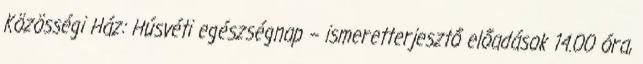
Közösségi Ház: Húsvéti egészségnap – ismeretterjesztő előadások 14.00 óra,